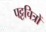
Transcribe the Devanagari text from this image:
पट्टचित्रों